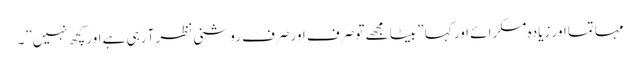
مہاتما اور زیادہ مسکرائے اور کہا ” بیٹا مجھے تو صرف اور صرف روشنی نظر آ رہی ہے اور کچھ نہیں”۔